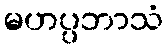
မဟပ္ပဘာသံ